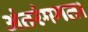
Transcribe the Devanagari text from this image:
अंतरंगगत।